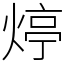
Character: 㷚